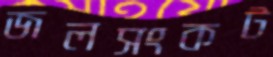
জলসংকট